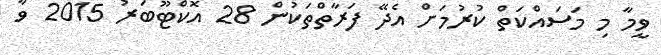
ވީމާ މި މަސައްކަތް ކުރުމަށް އެދޭ ފަރާތްތަކުން 28 އޮކްޓޫބަރު 2015 ވާ